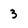
Character: 3